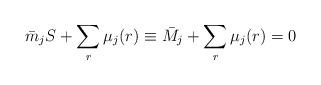
LaTeX: \begin{align*}\bar{ m}_j S + \sum_r \mu_j ( r ) \equiv \bar{M}_j + \sum_r \mu_j ( r ) = 0\end{align*}